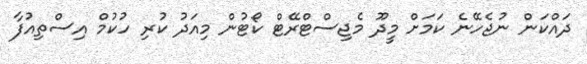
ދައްކަން ނުޖެހޭނެ ކަމަށް މީދޫ މެޖިސްޓްރޭޓް ކޯޓުން މިއަދު ކުރި ހުކުމް އިސްތިއުފާ